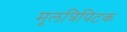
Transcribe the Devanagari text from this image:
मूलत्रिपिटक